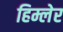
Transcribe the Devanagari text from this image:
हिम्लेर